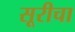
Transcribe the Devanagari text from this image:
सूरीचा